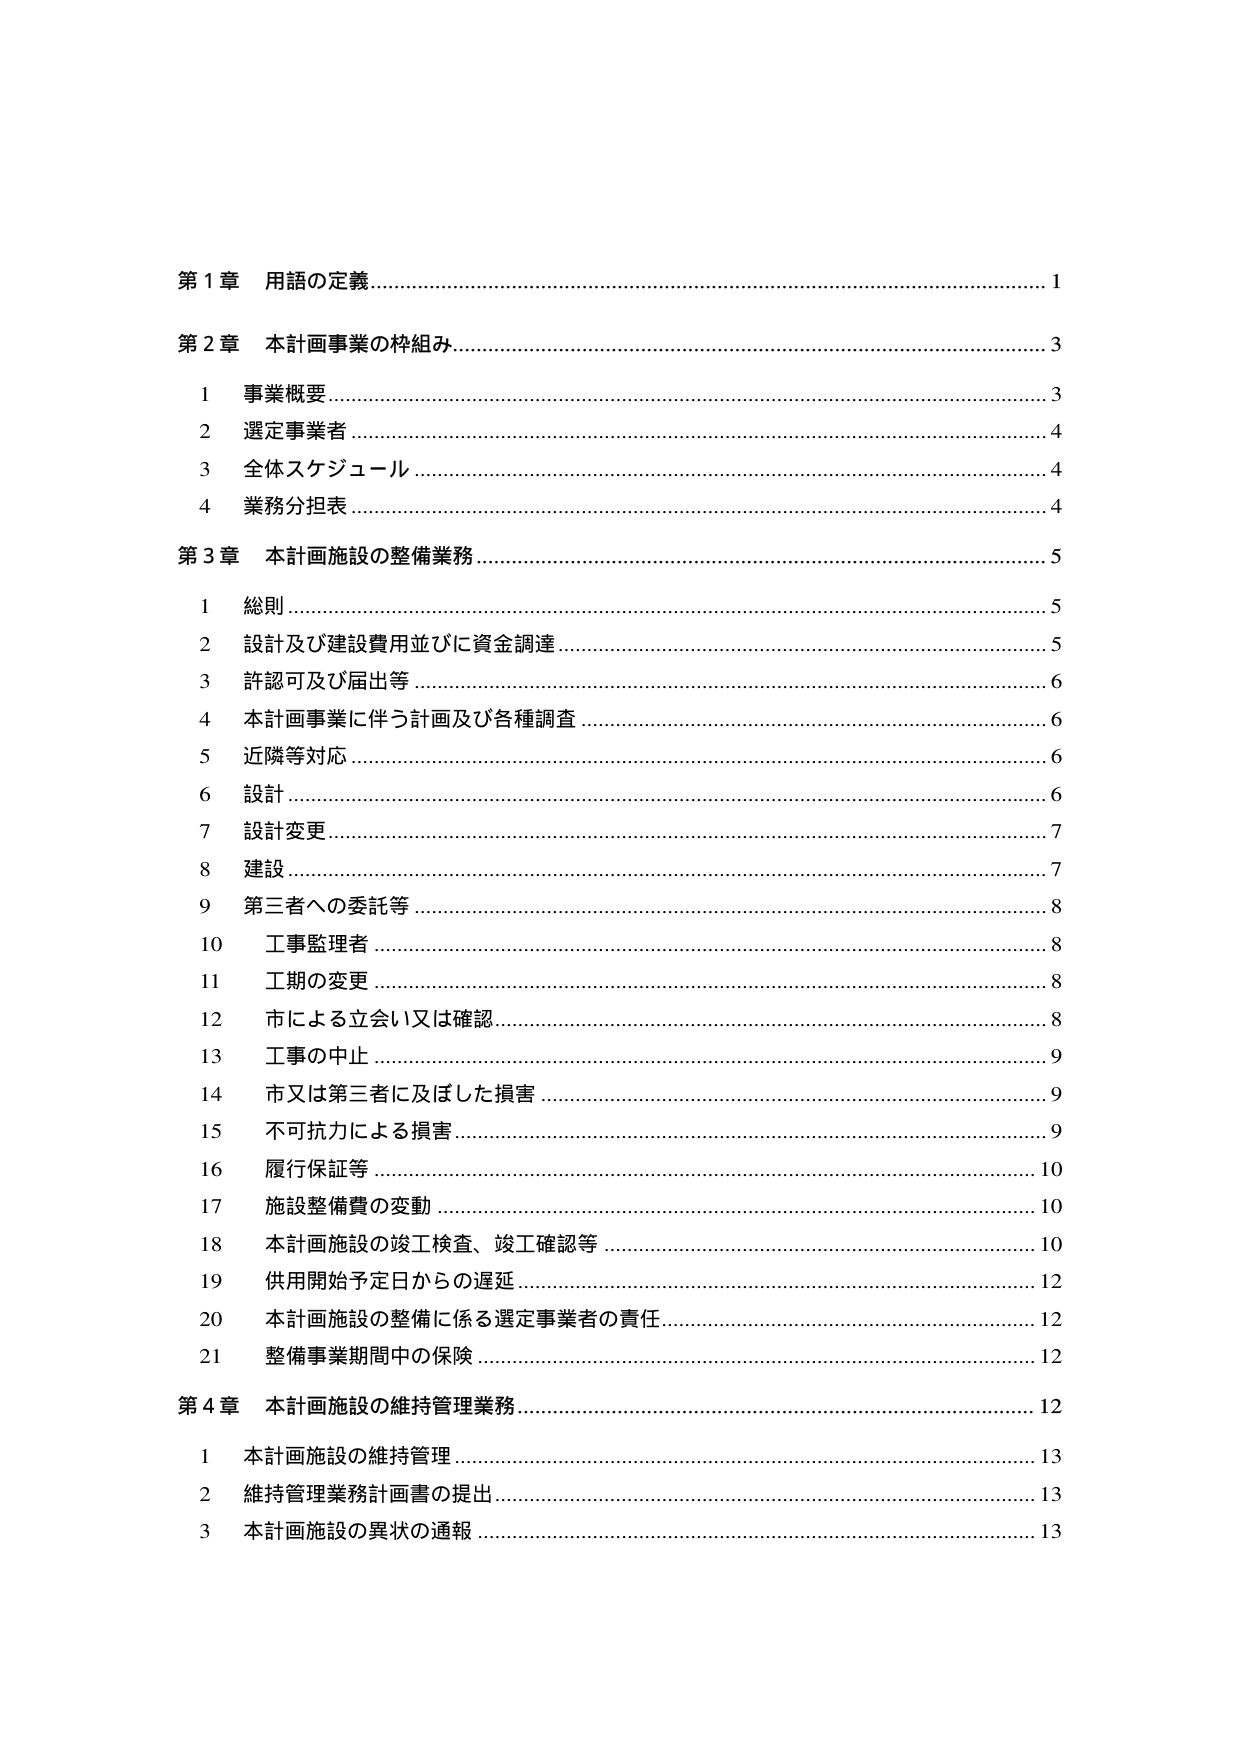
第１章 用語の定義……………………………………………………………………… 1
第２章 本計画事業の枠組み……………………………………………………………… 3
　　１ 事業概要…………………………………………………………………………… 3
　　２ 選定事業者………………………………………………………………………… 4
　　３ 全体スケジュール………………………………………………………………… 4
　　４ 業務分担表………………………………………………………………………… 4
第３章 本計画施設の整備業務…………………………………………………………… 5
　　１ 総則………………………………………………………………………………… 5
　　２ 設計及び建設費用並びに資金調達……………………………………………… 5
　　３ 許認可及び届出等………………………………………………………………… 6
　　４ 本計画事業に伴う計画及び各種調査…………………………………………… 6
　　５ 近隣等対応………………………………………………………………………… 6
　　６ 設計………………………………………………………………………………… 6
　　７ 設計変更…………………………………………………………………………… 7
　　８ 建設………………………………………………………………………………… 7
　　９ 第三者への委託等………………………………………………………………… 8
　　10 工事監理者………………………………………………………………………… 8
　　11 工期の変更………………………………………………………………………… 8
　　12 市による立会い又は確認………………………………………………………… 8
　　13 工事の中止………………………………………………………………………… 9
　　14 市又は第三者に及ぼした損害…………………………………………………… 9
　　15 不可抗力による損害……………………………………………………………… 9
　　16 履行保証等………………………………………………………………………… 10
　　17 施設整備費の変動………………………………………………………………… 10
　　18 本計画施設の竣工検査、竣工確認等…………………………………………… 10
　　19 供用開始予定日からの遅延……………………………………………………… 12
　　20 本計画施設の整備に係る選定事業者の責任…………………………………… 12
　　21 整備事業期間中の保険…………………………………………………………… 12
第４章 本計画施設の維持管理業務……………………………………………………… 12
　　１ 本計画施設の維持管理…………………………………………………………… 13
　　２ 維持管理業務計画書の提出……………………………………………………… 13
　　３ 本計画施設の異状の通報………………………………………………………… 13